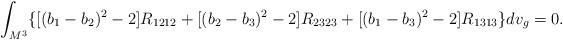
LaTeX: \begin{align*}\int_{M^3}\{[(b_1-b_2)^2-2]R_{1212}+[(b_2-b_3)^2-2]R_{2323}+[(b_1-b_3)^2-2]R_{1313}\}dv_g=0.\end{align*}